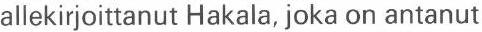
allekirjoittanut Hakala, joka on antanut